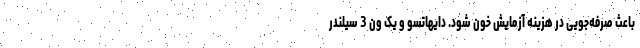
باعث صرفه‌جویی در هزینه آزمایش خون شود. دایهاتسو و یک ون 3 سیلندر